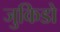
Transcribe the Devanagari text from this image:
जुकिडो